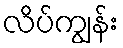
လိပ်ကျွန်း